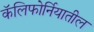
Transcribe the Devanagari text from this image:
कॅलिफाेर्नियातील